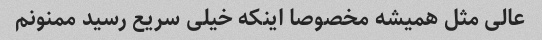
عالی مثل همیشه مخصوصا اینکه خیلی سریع رسید ممنونم